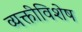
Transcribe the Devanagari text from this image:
व्यक्तीविशेष